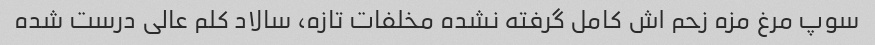
سوپ مرغ مزه زحم اش کامل گرفته نشده مخلفات تازه، سالاد کلم عالی درست شده